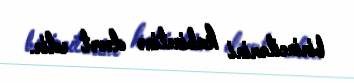
birincilərini kabinetinə dəvət edir.